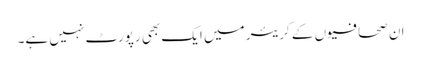
ان صحافیوں کے کریئر میں ایک بھی رپورٹ نہیں ہے۔